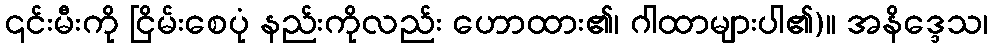
၎င်းမီးကို ငြိမ်းစေပုံ နည်းကိုလည်း ဟောထား၏၊ ဂါထာများပါ၏)။ အနိဒ္ဒေသ၊